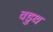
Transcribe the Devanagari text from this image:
वडुथ